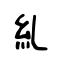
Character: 糺